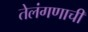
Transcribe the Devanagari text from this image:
तेलंगणाची